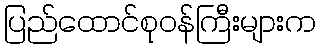
ပြည်ထောင်စုဝန်ကြီးများက